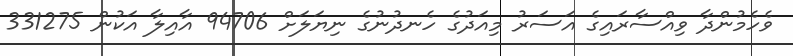
ވެހެމުންދާ ވިއްސާރައިގެ އަސަރު މިއަދުގެ ހެނދުނުގެ ނިޔަލަށް 94706 އާއިލާ އަކުން 331275